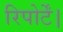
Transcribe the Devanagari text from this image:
रिपोर्टें।